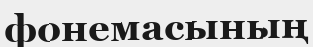
фонемасының